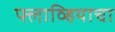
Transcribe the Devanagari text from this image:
फ्लाव्हियाचा